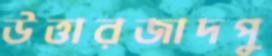
উত্তারজাদপু